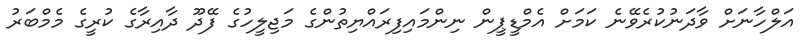
އަލްހާނަށް ވާދަނުކުރެވޭނެ ކަމަށް އެމްޑީޕީން ނިންމައިފިރައްޔިތުންގެ މަޖިލީހުގެ ފޭދޫ ދާއިރާގެ ކުރީގެ މެމްބަރު